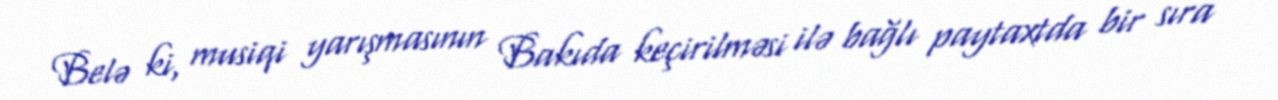
Belə ki, musiqi yarışmasının Bakıda keçirilməsi ilə bağlı paytaxtda bir sıra